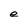
Character: e